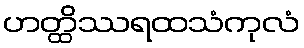
ဟတ္ထိဿရထသံကုလံ